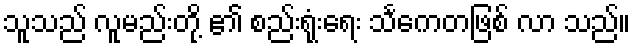
သူသည် လူမည်းတို့ ၏ စည်းရုံးရေး သင်္ကေတဖြစ် လာ သည်။